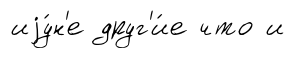
иjу́н'е друг'и́е что и